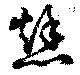
愁